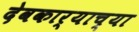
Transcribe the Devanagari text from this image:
देवकार्याच्या